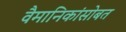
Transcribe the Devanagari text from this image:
वैमानिकांसोबत